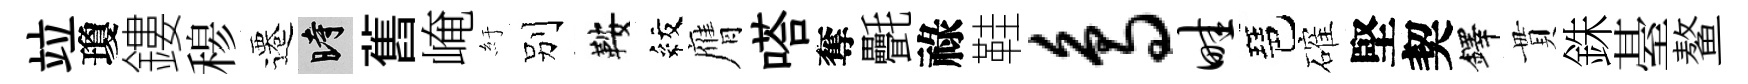
竝瓊鏤𥠇遷时舊崦紆别鞍紋膺嗒奪㲲祿鞋鸟畦琶確堅契鐸貫銖䑓鳌